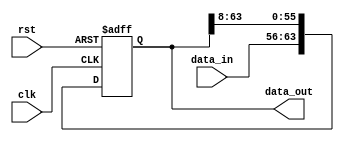
`timescale 1ns/10ps

module fifo(
    input clk,rst,
    input [7:0]data_in,
    output reg [63:0]data_out
);

    always @(posedge clk or posedge rst)
    begin
        if(rst)
            data_out <= 64'd0;
        else
            data_out <= {data_in,data_out[63:8]};
    end

endmodule